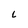
Character: L